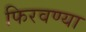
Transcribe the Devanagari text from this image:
फिरवण्या